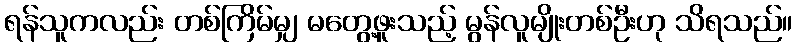
ရန်သူကလည်း တစ်ကြိမ်မျှ မတွေ့ဖူးသည့် မွန်လူမျိုးတစ်ဦးဟု သိရသည်။